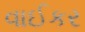
વાઈકર